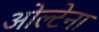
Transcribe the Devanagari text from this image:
ओल्टेना